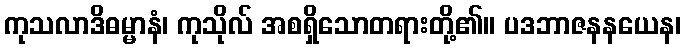
ကုသလာဒိဓမ္မာနံ၊ ကုသိုလ် အစရှိသောတရားတို့၏။ ပဒဘာဇနနယေန၊